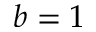
b = 1